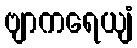
ဗျာကရေယျံ